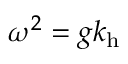
\omega ^ { 2 } = g k _ { \mathrm { { h } } }